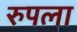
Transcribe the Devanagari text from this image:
रुपला